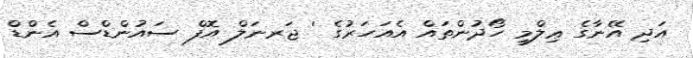
އަދި އޭނާގެ ޢިލްމީ ހޯދުންތައް އެއަހަރުގެ ' ޖަރނަލް އޮފް ސައުންޑްސް އެންޑް